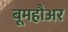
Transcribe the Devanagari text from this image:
बूमहौअर